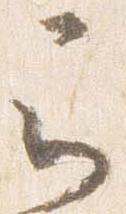
云